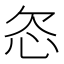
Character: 𬅟